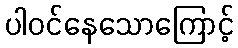
ပါဝင်နေသောကြောင့်